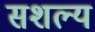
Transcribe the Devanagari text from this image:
सशल्य